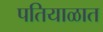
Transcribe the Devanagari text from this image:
पतियाळात